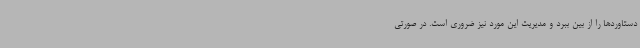
دستاوردها را از بین ببرد و مدیریت این مورد نیز ضروری است. در صورتی